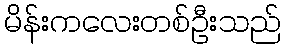
မိန်းကလေးတစ်ဦးသည်